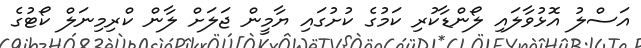
އަސްލު އޮޅުވާލައި ލޯންޑާކުރި ކަމުގެ ކުށުގައި ޔާމީން ޖަލަށް ލާން ކްރިމިނަލް ކޯޓުގެ